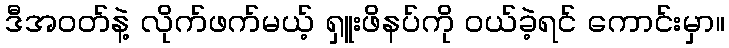
ဒီအဝတ်နဲ့ လိုက်ဖက်မယ့် ရှူးဖိနပ်ကို ဝယ်ခဲ့ရင် ကောင်းမှာ။